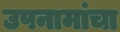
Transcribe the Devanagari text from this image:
उपनामांचा